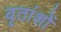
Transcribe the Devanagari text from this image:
वृतांशों